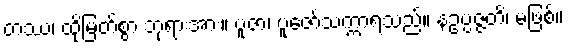
တဿ၊ ထိုမြတ်စွာ ဘုရားအား။ ပူဇာ၊ ပူဇော်သက္ကာရသည်။ နဥပ္ပဇ္ဇတိ၊ မဖြစ်။